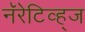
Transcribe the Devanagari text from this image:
नॅरेटिव्ह्‌ज